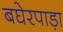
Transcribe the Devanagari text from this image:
बघेरपाड़ा